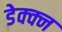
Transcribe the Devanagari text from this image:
डेक्क्न